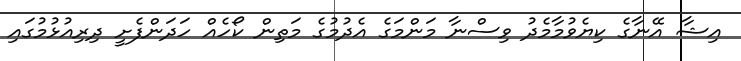
އިޝާ އޭނާގެ ކިޔެވުމާމެދު ވިސްނާ މަންމަގެ އެދުމުގެ މަތިން ކޯހެއް ހަދަންފެށީ ދިރިއުޅުމުގައި